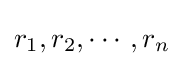
r_{1},r_{2},\cdots ,r_{n}